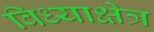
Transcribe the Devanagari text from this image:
विध्याक्षेत्र